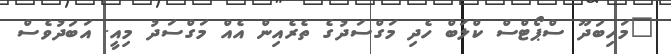
"މަހިބަދޫ ސްޕޯޓްސް ކްލަބް ހެދި މަގްސަދުގެ ތެރެއިން އެއް މަގްސަދު މިއީ. އަބަދުވެސް